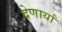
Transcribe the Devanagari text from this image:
देणार्यां